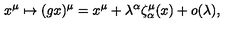
x ^ { \mu } \mapsto ( g x ) ^ { \mu } = x ^ { \mu } + \lambda ^ { \alpha } \zeta _ { \alpha } ^ { \mu } ( x ) + o ( \lambda ) ,